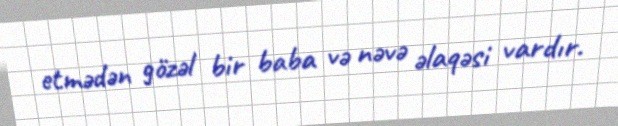
etmədən gözəl bir baba və nəvə əlaqəsi vardır.